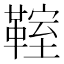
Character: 𩋡